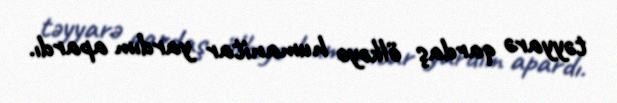
təyyarə qardaş ölkəyə humanitar yardım apardı.